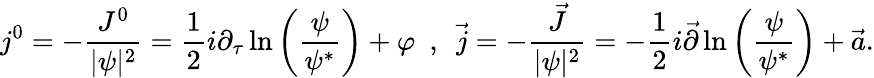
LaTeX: j^{0}=-\frac{J^{0}}{|\psi|^{2}}=\frac{1}{2}i\partial_{\tau}\ln\left(\frac{\psi}{\psi^{*}}\right)+\varphi\ \ ,\ \ \vec{j}=-\frac{\vec{J}}{|\psi|^{2}}=-\frac{1}{2}i\vec{\partial}\ln\left(\frac{\psi}{\psi^{*}}\right)+\vec{a}.